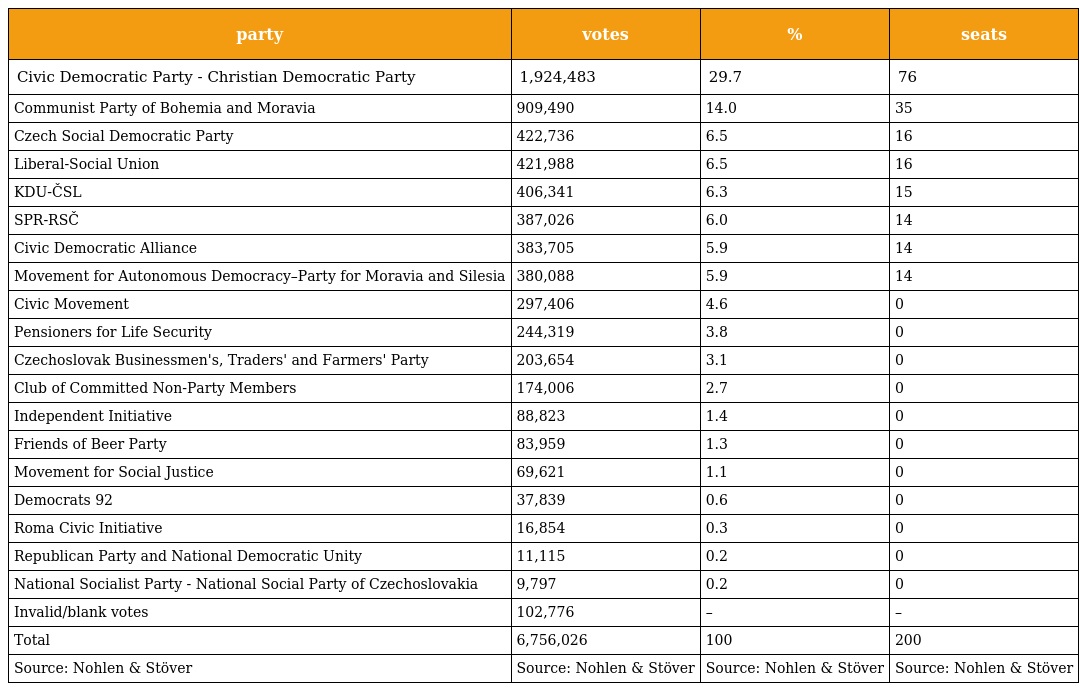
| party | votes | % | seats |
 | --- | --- | --- | --- |
 | Civic Democratic Party - Christian Democratic Party | 1,924,483 | 29.7 | 76 |
 | Communist Party of Bohemia and Moravia | 909,490 | 14.0 | 35 |
 | Czech Social Democratic Party | 422,736 | 6.5 | 16 |
 | Liberal-Social Union | 421,988 | 6.5 | 16 |
 | KDU-ČSL | 406,341 | 6.3 | 15 |
 | SPR-RSČ | 387,026 | 6.0 | 14 |
 | Civic Democratic Alliance | 383,705 | 5.9 | 14 |
 | Movement for Autonomous Democracy–Party for Moravia and Silesia | 380,088 | 5.9 | 14 |
 | Civic Movement | 297,406 | 4.6 | 0 |
 | Pensioners for Life Security | 244,319 | 3.8 | 0 |
 | Czechoslovak Businessmen's, Traders' and Farmers' Party | 203,654 | 3.1 | 0 |
 | Club of Committed Non-Party Members | 174,006 | 2.7 | 0 |
 | Independent Initiative | 88,823 | 1.4 | 0 |
 | Friends of Beer Party | 83,959 | 1.3 | 0 |
 | Movement for Social Justice | 69,621 | 1.1 | 0 |
 | Democrats 92 | 37,839 | 0.6 | 0 |
 | Roma Civic Initiative | 16,854 | 0.3 | 0 |
 | Republican Party and National Democratic Unity | 11,115 | 0.2 | 0 |
 | National Socialist Party - National Social Party of Czechoslovakia | 9,797 | 0.2 | 0 |
 | Invalid/blank votes | 102,776 | – | – |
 | Total | 6,756,026 | 100 | 200 |
 | Source: Nohlen & Stöver | Source: Nohlen & Stöver | Source: Nohlen & Stöver | Source: Nohlen & Stöver |